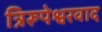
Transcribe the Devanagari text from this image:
त्रिरूपेश्वरवाद